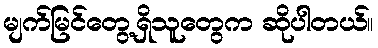
မျက်မြင်တွေ့ရှိသူတွေက ဆိုပါတယ်။